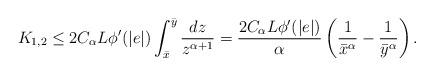
LaTeX: \begin{align*}K_{1,2}\le 2C_\alpha L\phi'(|e|)\int_{\bar{x}}^{\bar{y}}\frac{dz}{z^{\alpha+1}}=\frac{2C_\alpha L\phi'(|e|)}{\alpha}\left(\frac{1}{\bar{x}^\alpha}-\frac{1}{\bar{y}^\alpha}\right).\end{align*}